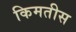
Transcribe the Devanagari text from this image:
किमतीस